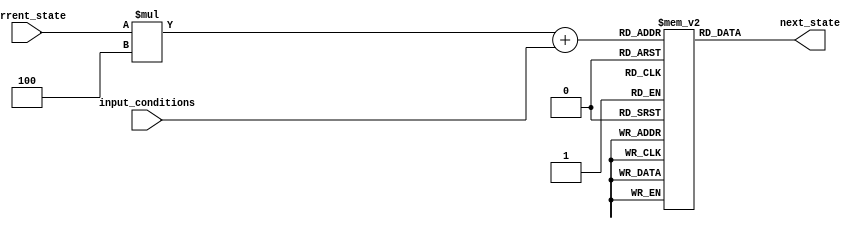
module FSM (
    input [1:0] current_state,
    input [1:0] input_conditions,
    output reg [1:0] next_state
);

// Define the grid structure
parameter NUM_STATES = 4;
parameter NUM_INPUTS = 4;

reg [1:0] state_transition[NUM_STATES][NUM_INPUTS];

// Define the state transition grid
initial begin
    // State transitions for input condition 00
    state_transition[0][0] = 1;
    state_transition[1][0] = 0;
    state_transition[2][0] = 3;
    state_transition[3][0] = 2;

    // State transitions for input condition 01
    state_transition[0][1] = 2;
    state_transition[1][1] = 3;
    state_transition[2][1] = 0;
    state_transition[3][1] = 1;

    // State transitions for input condition 10
    state_transition[0][2] = 3;
    state_transition[1][2] = 2;
    state_transition[2][2] = 1;
    state_transition[3][2] = 0;

    // State transitions for input condition 11
    state_transition[0][3] = 0;
    state_transition[1][3] = 1;
    state_transition[2][3] = 2;
    state_transition[3][3] = 3;
end

// Assign next state based on current state and input conditions
always @(current_state, input_conditions) begin
    next_state = state_transition[current_state][input_conditions];
end

endmodule